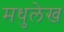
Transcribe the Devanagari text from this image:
मधुलेख